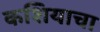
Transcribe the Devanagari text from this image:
कशियाचा